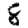
Digit: 8